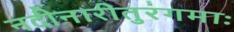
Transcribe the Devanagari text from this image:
नदीनारीतुरंगमाः